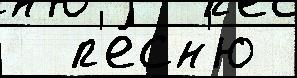
  п'е́сн'ю